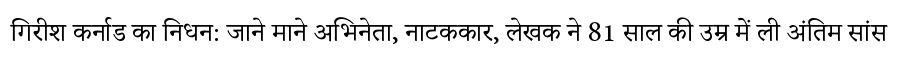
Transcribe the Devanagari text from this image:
गिरीश कर्नाड का निधन: जाने माने अभिनेता, नाटककार, लेखक ने 81 साल की उम्र में ली अंतिम सांस